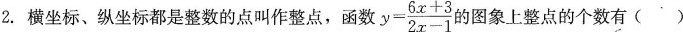
2.横坐标、纵坐标都是整数的点叫作整点，函数$$y = \frac { 6 x + 3 } { 2 x - 1 }$$ 的图象上整点的个数有( )